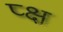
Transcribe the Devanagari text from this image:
प्क्ष